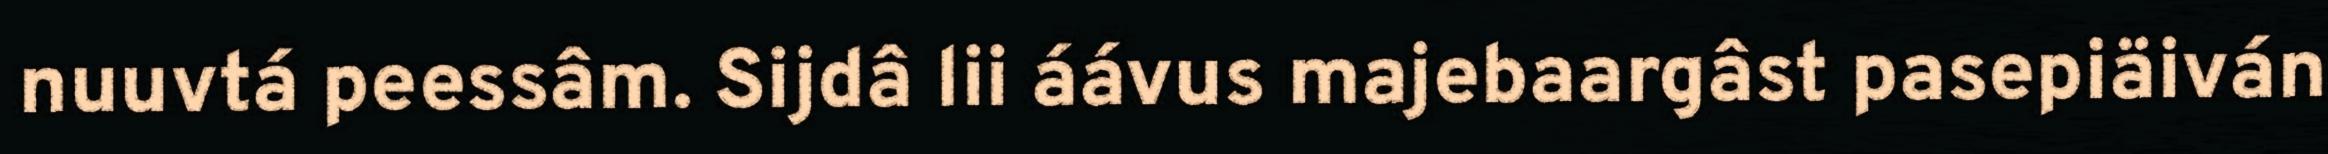
nuuvtá peessâm. Sijdâ lii áávus majebaargâst pasepiäiván